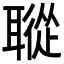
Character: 𦗜